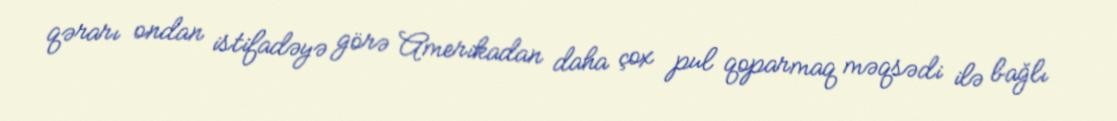
qərarı ondan istifadəyə görə Amerikadan daha çox pul qoparmaq məqsədi ilə bağlı